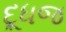
દૂધજ